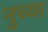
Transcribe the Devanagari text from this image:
नुच्या